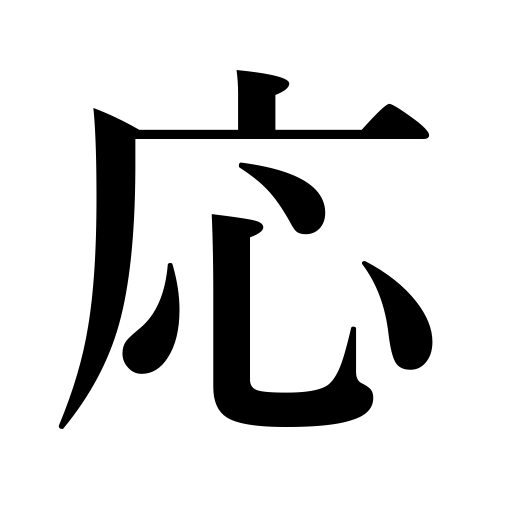
Meanings: be effective,all right,be affected by pain or stimulation,respond,answer,yes